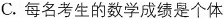
C.每名考生的数学成绩是个体